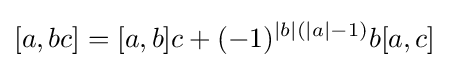
[a,bc]=[a,b]c+(-1)^{|b|(|a|-1)}b[a,c]